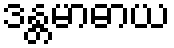
ဒန္တမာဓာယ